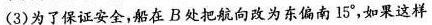
(3)为了保证安全，船在B处把航向改为东偏南15°，如果这样